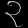
Digit: ၃